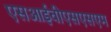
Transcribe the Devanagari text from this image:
एसआईवीएसएसएम